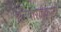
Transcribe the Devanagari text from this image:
श्वेतवाराहकल्पे